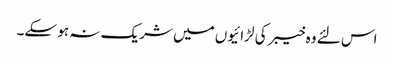
اس لئے وہ خیبر کی لڑائیوں میں شریک نہ ہو سکے۔